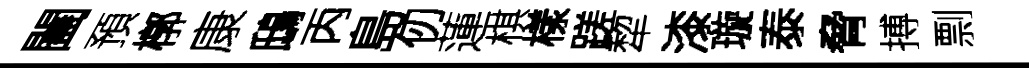
闔預槨康鴟丙島仞蓮棋樣蹉犂漆璇泰脅搏剽